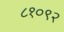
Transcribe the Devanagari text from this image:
८१०९२